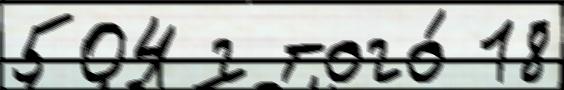
504 г того́ 18